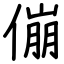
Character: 傰